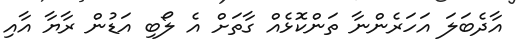
އާދެބަލަ އަހަރެންނާ ތަންކޮޅެއް ގާތަށް އެ ލޯބި އަޑުން ރާޔާ އާއި